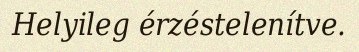
Helyileg érzéstelenítve.